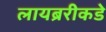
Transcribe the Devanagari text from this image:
लायब्ररीकडे